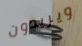
ويريدون